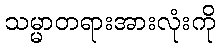
သမ္မာတရားအားလုံးကို